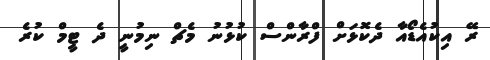
ރޭ އިކުއެޑޯއާ ދެކޮޅަށް ފްރާންސް ކުޅުނު މެޗް ނިމުނީ ދެ ޓީމް ކުރެ